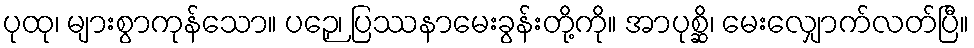
ပုထု၊ များစွာကုန်သော။ ပဉှေ၊ ပြဿနာမေးခွန်းတို့ကို။ အာပုစ္ဆိ၊ မေးလျှောက်လတ်ပြီ။